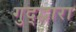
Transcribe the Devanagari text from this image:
गुद्द्वारा